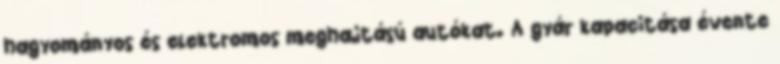
hagyományos és elektromos meghajtású autókat. A gyár kapacitása évente